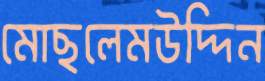
মোছলেমউদ্দিন